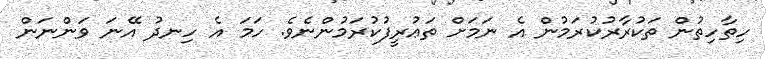
ހިތާހިތުން ތަކުރާރުކުރަމުން އެ ނަމަށް ތަޢުރީފުކުރަމުންނެވެ. ހަމަ އެ ހިނދު އޭނަ ވަންނަން